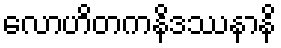
လောဟိတကနိဒဿနာနိ